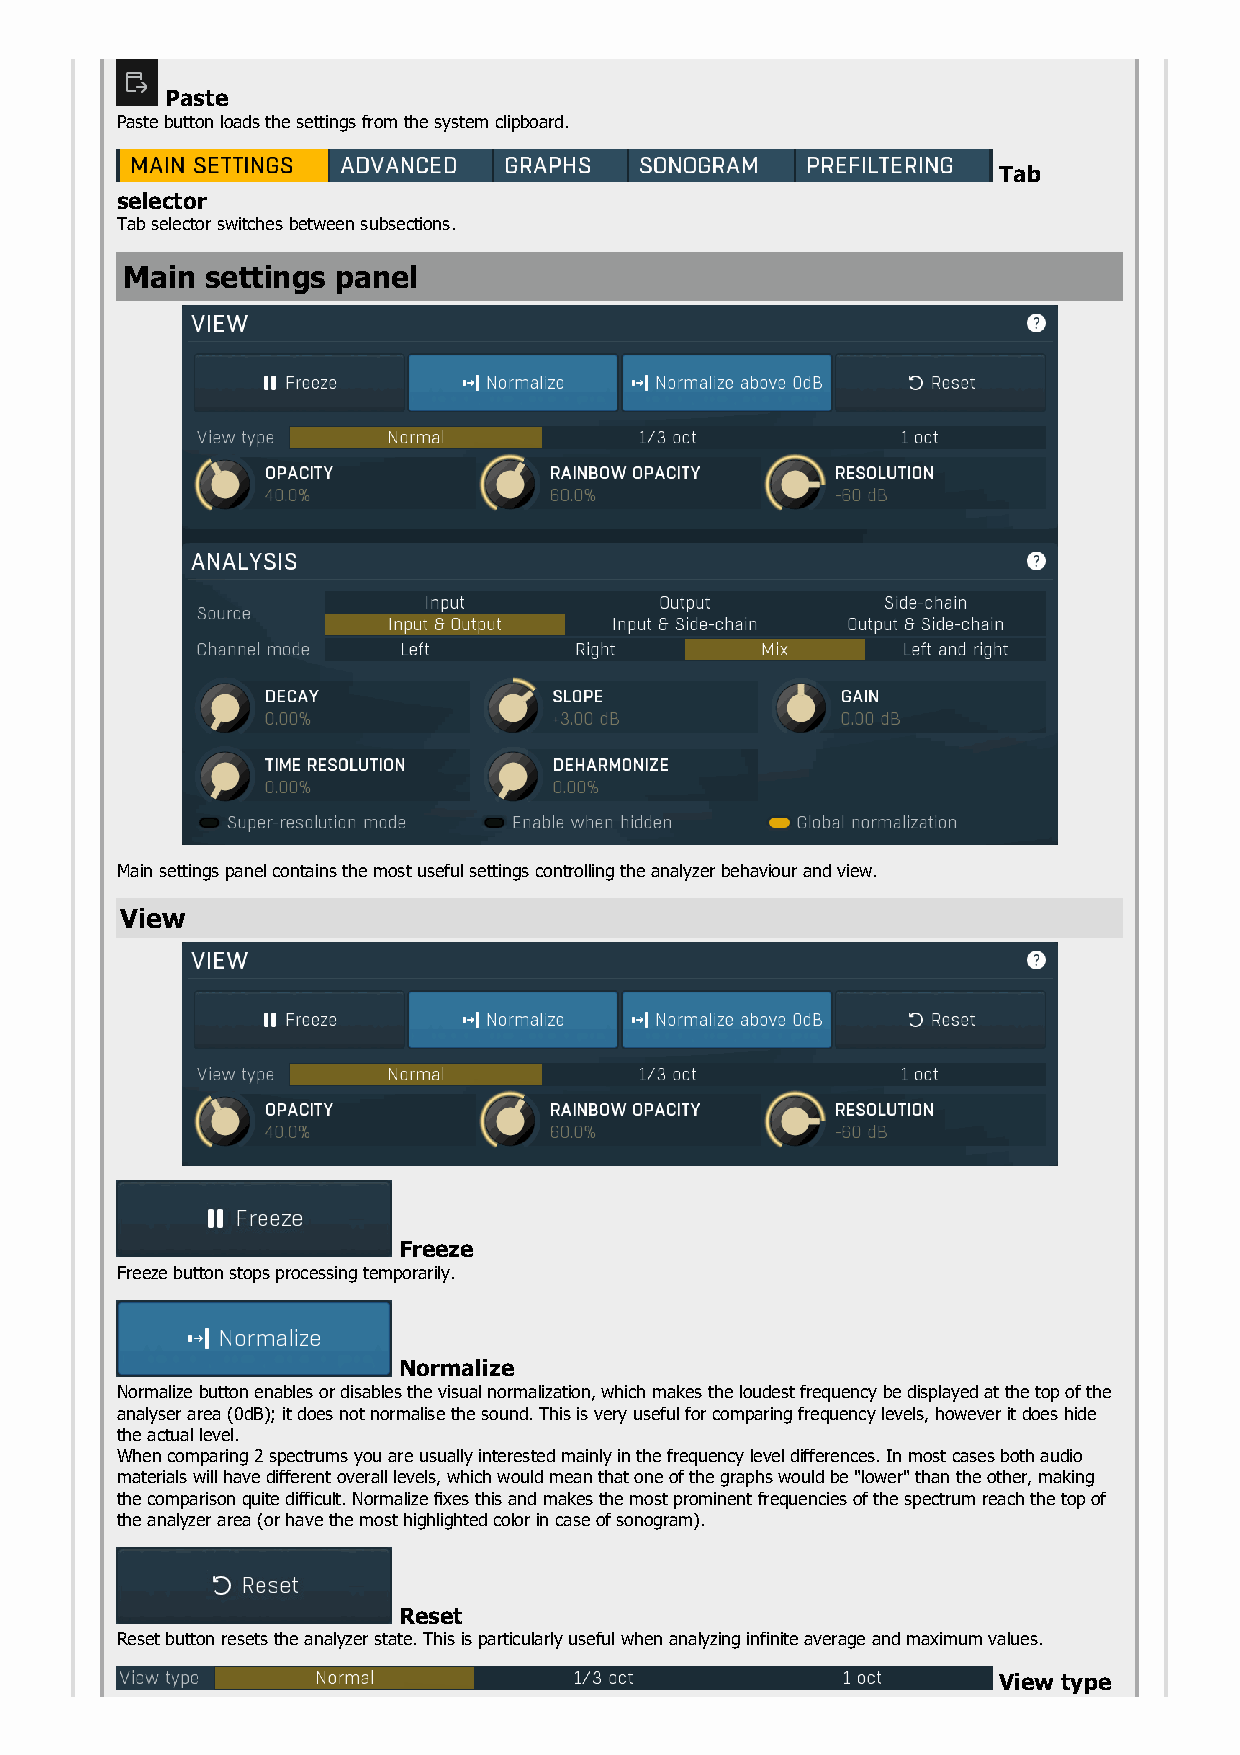
Paste
 Paste button loads the settings from the system clipboard.
 Tab
 selector
 Tab selector switches between subsections.
 Main  settings panel
 Main settings panel contains the most useful settings controlling the analyzer behaviour and view.
 View
 Freeze
 Freeze button stops processing temporarily.
 Normalize
 Normalize button enables or disables the visual normalization, which makes the loudest frequency be displayed at the top of the
 analyser area (0dB); it does not normalise the sound. This is very useful for comparing frequency levels, however it does hide
 the actual level.
 When comparing 2 spectrums you are usually interested mainly in the frequency level differences. In most cases both audio
 materials will have different overall levels, which would mean that one of the graphs would be "lower" than the other, making
 the comparison quite difficult. Normalize fixes this and makes the most prominent frequencies of the spectrum reach the top of
 the analyzer area (or have the most highlighted color in case of sonogram).
 Reset
 Reset button resets the analyzer state. This is particularly useful when analyzing infinite average and maximum values.
 View type